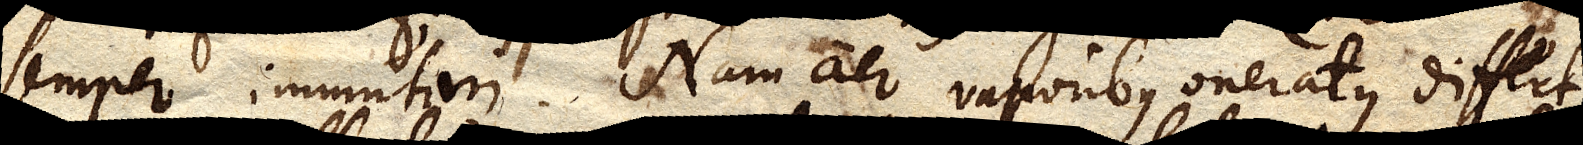
semper immutari. Nam aer vaporibus oneratus differt